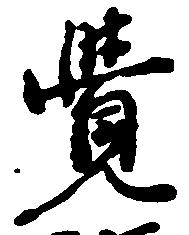
覚